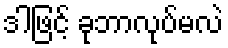
ဒါဖြင့် ခုဘာလုပ်မလဲ